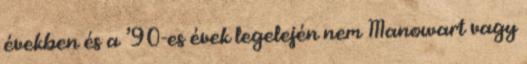
években és a ’90-es évek legelején nem Manowart vagy